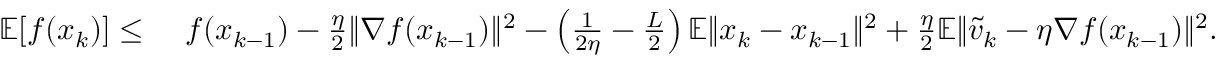
\begin{array} { r l } { \mathbb { E } [ f ( x _ { k } ) ] \leq } & { \ f ( x _ { k - 1 } ) - \frac { \eta } { 2 } \| \nabla f ( x _ { k - 1 } ) \| ^ { 2 } - \left( \frac { 1 } { 2 \eta } - \frac { L } { 2 } \right) \mathbb { E } \| x _ { k } - x _ { k - 1 } \| ^ { 2 } + \frac { \eta } { 2 } \mathbb { E } \| \widetilde v _ { k } - \eta \nabla f ( x _ { k - 1 } ) \| ^ { 2 } . } \end{array}